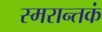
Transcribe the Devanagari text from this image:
स्मरान्तकं